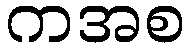
ကအစ